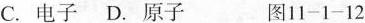
C.电子D.原子 图11-1-12